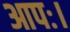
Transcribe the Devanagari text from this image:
आपः।